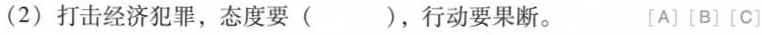
(2)打击经济犯罪，态度要()，行动要果断。 [A][B][C]